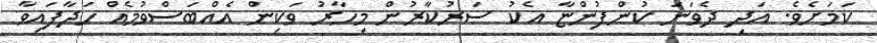
ކަމަށެވެ. އަދި ދެވަނަ ކުންފުންޏާ އެކު ސަރުކާރުން މިހާރު ވަކިން އެއްބަސްވުމެއް ހަދާފަައިވާ